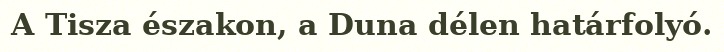
A Tisza északon, a Duna délen határfolyó.